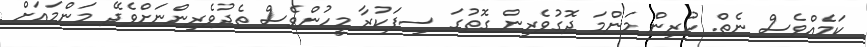
ކަމެއްވެސް ނެތް. ކުރިން މަންމަ ދޮގުވެރިން ގޮތުގަ ސިފަކުރާ މީހުންވެސް ތެދުވެރިންނަށްވެދޭ މަންމައަށް